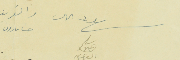
شهود على	حنا مارون		سليم عبود العتيق